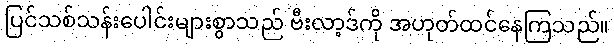
ပြင်သစ်သန်းပေါင်းများစွာသည် ဗီးလာ့ဒ်ကို အဟုတ်ထင်နေကြသည်။